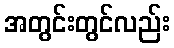
အတွင်းတွင်လည်း